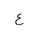
Letter: _ayn